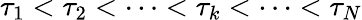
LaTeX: \tau_{1}<\tau_{2}<\cdots<\tau_{k}<\cdots<\tau_{N}